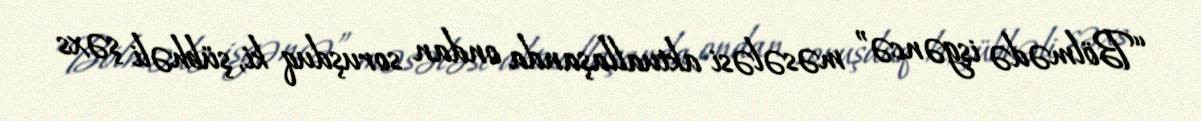
“Bölmədə işgəncə” məsələsi aktuallaşanda ondan soruşduq ki, şübhəli şəxs